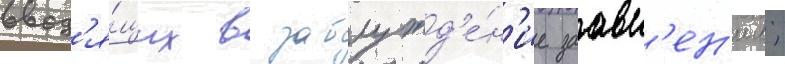
ввод'я́щих в заблужд'е́н'ие заавл'ен'ии;